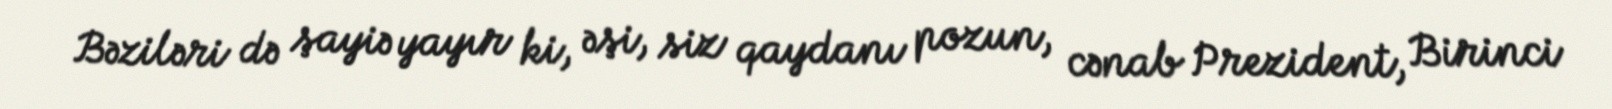
Bəziləri də şayiə yayır ki, əşi, siz qaydanı pozun, cənab Prezident, Birinci